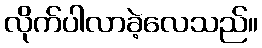
လိုက်ပါလာခဲ့လေသည်။